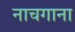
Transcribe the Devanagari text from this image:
नाचगाना